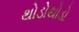
થોડોથોડો